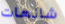
شائعات